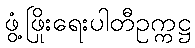
ဖွံ့ဖြိုးရေးပါတီဥက္ကဋ္ဌ